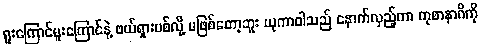
ရူးကြောင်မူးကြောင်နဲ့ ဖယ်ရှားပစ်လို့ မဖြစ်တော့ဘူး ယုကာဝါသည် နောက်လှည့်ကာ ကုစာနာဂိကို